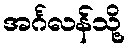
အင်္ဂလန်သို့